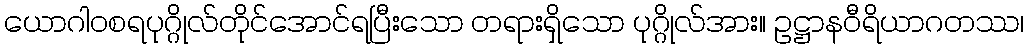
ယောဂါဝစရပုဂ္ဂိုလ်တိုင်အောင်ရပြီးသော တရားရှိသော ပုဂ္ဂိုလ်အား။ ဥဋ္ဌာနဝီရိယာဂတဿ၊